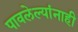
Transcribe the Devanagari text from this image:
पावलेल्यांनाही